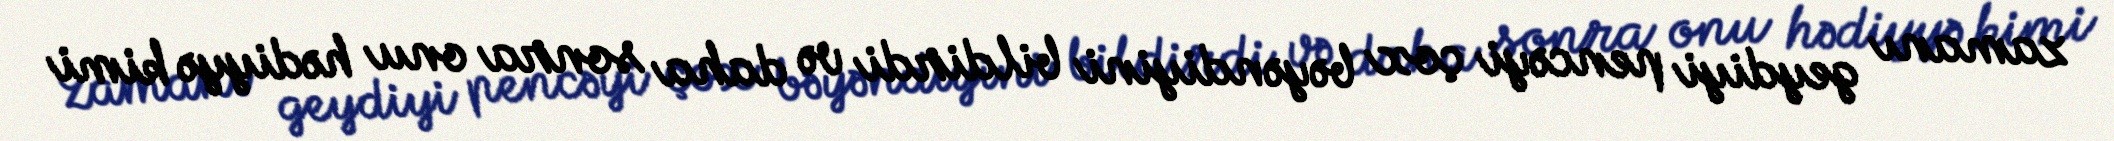
zamanı geydiyi pencəyi çox bəyəndiyini bildirdi və daha sonra onu hədiyyə kimi